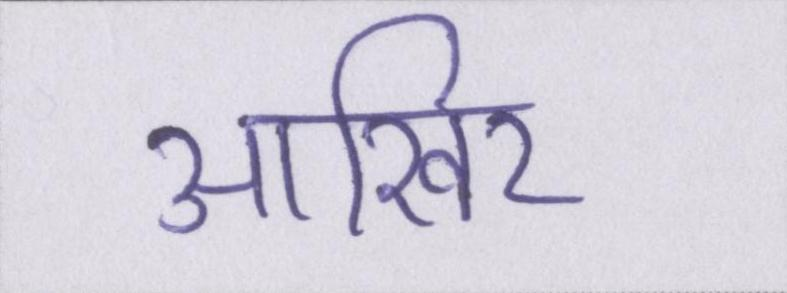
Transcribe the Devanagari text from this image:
आखिर